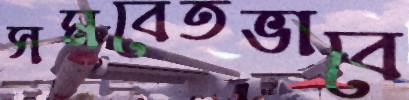
সমবেতভাবে